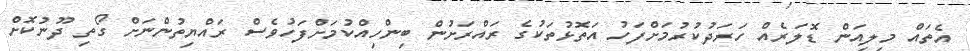
އެތައް މިލިއަން ޑޮލަރެއް ހަރަދުކުރުމަށްފަހު އަތޮޅުތަކުގެ ރައްރަށުން ބިންހިއްކުމަށްފަހުވެސް ރައްޔިތުންނަށް ގޯތި ދޫނުކޮށް